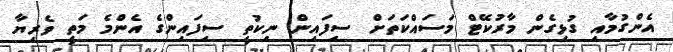
އެންގުމާއި ގުޅިގެން މާރުކޭޓް މަސައްކަތަށް ސިފައިން ނިކުތީ ސިފައިންގެ އެންމެ މަތީ ވެރިޔާ